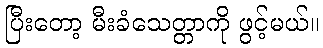
ပြီးတော့ မီးခံသေတ္တာကို ဖွင့်မယ်။